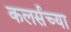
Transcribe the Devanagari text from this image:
कलर्सच्या